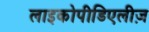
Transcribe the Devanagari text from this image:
लाइकोपीडिएलीज़